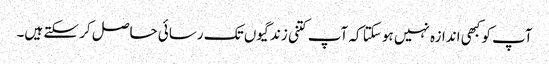
آپ کو کبھی اندازہ نہیں ہو سکتا کہ آپ کتنی زندگیوں تک رسائی حاصل کر سکتے ہیں۔